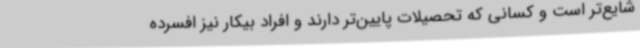
شایع‌تر است و کسانی که تحصیلات پایین‌تر دارند و افراد بیکار نیز افسرده